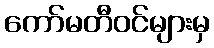
ကော်မတီဝင်များမှ